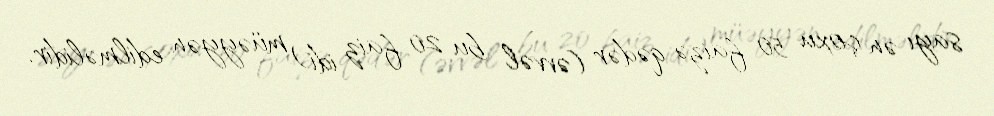
sayı ən çoxu 50 faizə qədər (əvvəl bu 20 faiz idi) müəyyən edilməlidir.